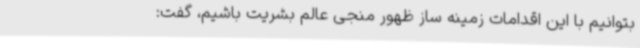
بتوانیم با این اقدامات زمینه ساز ظهور منجی عالم بشریت باشیم، گفت: